Vaccination in the Punjab 1905-1918 - 1905-1918
Year: 1905
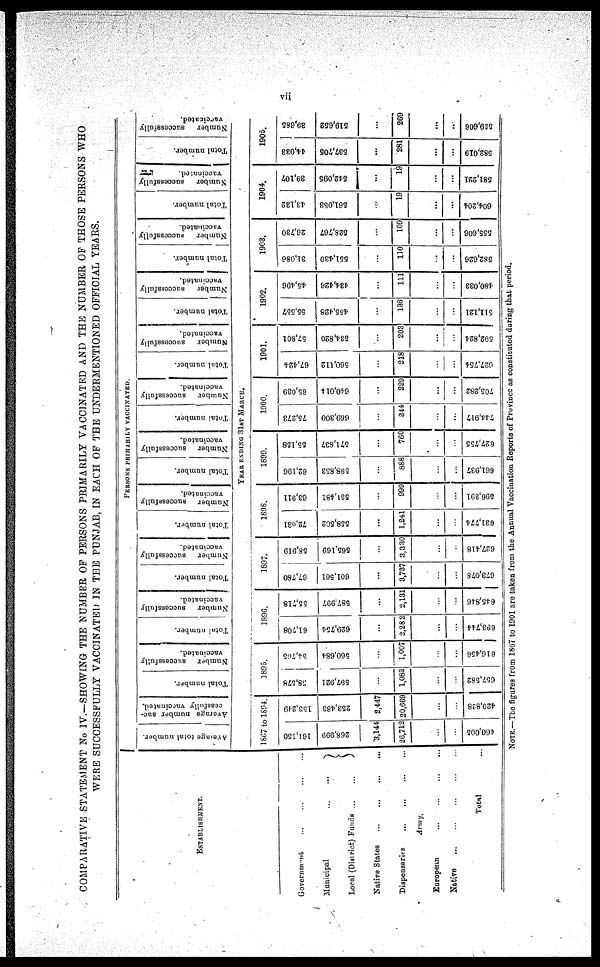
vii
COMPARATIVE STATEMENT No IV.—SHOWING THE NUMBER OF PERSONS PRIMARILY VACCINATED AND THE NUMBER OF THOSE PERSONS WHO
WERE SUCCESSFULLY VACCINATED IN THE PUNJAB, IN EACH OF THE UNDERMENTIONED OFFICIAL YEARS.
ESTABLISHMENT.
Government ... ... ... ...
Municipal
...
...
Local (District)
Funds...
...
Native States
...
...
...
...
Dispensaries
...
...
...
...
Army.
European ... ... ... ...
Native
...
...
...
...
Total ...
Average total number.
Arerage number suc-
cessfully vaccinated.
1867 to 1894.
161,150
268,999
3,144
26,712
...
...
460,005
153,249
253,463
2,447
20,669
...
...
429,828
Total number.
Number
successfully
vaccinated.
1895.
38,578
597,921
...
1,083
...
...
657,582
54,765
560,684
...
1,007
...
...
616,456
Total number.
Number
successfully
vaccinated.
1896.
61,708
629,754
...
2,282
...
...
693,744
55,718
587,997
...
2,131
...
...
645,846
Total number.
Number
successfully
vaccinated.
1897.
67,780
601,561
...
3,737
...
...
673,078
58,919
565,169
...
3,330
...
...
627,418
Total number.
PERSONS PRIMARILY VACCINATED.
Number
successfully
vaccinated.
1898.
72,031
558,502
...
1,241
...
...
631,774
63,911
531,481
...
999
...
...
696,301
Total number.
Number
successfully
vaccinated.
Total number.
Number successfully
vaccinated.
YEAR EXDING 31ST MARCH.
1899.
62,196
598,853
...
888
...
...
661,937
55,158
571,837
...
760
...
...
627,755
1900.
75,273
669,300
...
344
...
...
744,917
65,039
640,014
...
229
...
...
705,282
Total number.
Number
successfully
vaccinated.
1901.
67,424
560,112
...
218
...
...
627,754
57,801
634,820
...
203
...
...
592,824
Total number.
Number
successfully
vaccinated.
1902.
55,557
455,428
...
136
...
...
511,121
45,496
434,426
...
111
...
...
480,033
Total number.
Number
successfully
vaccinated.
1903.
31,086
551,430
...
110
...
...
582,626
26,730
528,767
...
109
...
...
555,606
Total number.
Number
successfully
vaccinated.
1904.
43,182
561,053
...
19
...
...
604,204
39,107
542,095
...
19
...
...
581,221
Total number.
Number
successfully
vaccinated.
1905.
44,033
537,705
...
281
...
...
582,019
39,685
519,652
...
269
...
...
559,606
NOTE.—The figures from 1867 to 1901 are taken from the Annual Vaccination Reports of Province as constituted during that period.